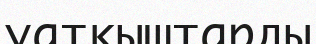
уатқыштарды